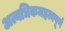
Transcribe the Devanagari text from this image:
अत्यधिकमहत्वपूर्ण